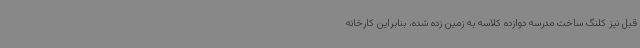
قبل نیز کلنگ ساخت مدرسه دوازده کلاسه به زمین زده شده، بنابراین کارخانه